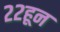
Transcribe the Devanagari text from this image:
२२हून